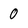
Character: 0